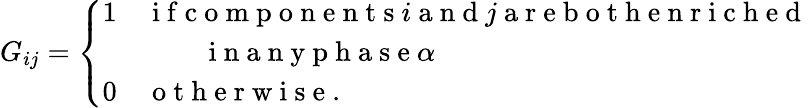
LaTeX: G_{ij}=\left\{ \begin{array}{ll}{1}&{\mathrm{~i~f~c~o~m~p~o~n~e~n~t~s~}i\mathrm{~a~n~d~}j\mathrm{~a~r~e~b~o~t~h~e~n~r~i~c~h~e~d~}}\\ {\, }&{\qquad\mathrm{~i~n~a~n~y~p~h~a~s~e~}\alpha}\\ {0}&{\mathrm{~o~t~h~e~r~w~i~s~e~}.}\end{array}\right.